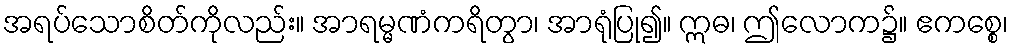
အရပ်သောစိတ်ကိုလည်း။ အာရမ္မဏံကရိတွာ၊ အာရုံပြု၍။ ဣဓ၊ ဤလောက၌။ ဧကစ္စေ၊